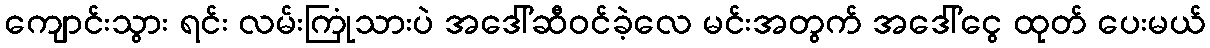
ကျောင်းသွား ရင်း လမ်းကြုံသားပဲ အဒေါ်ဆီဝင်ခဲ့လေ မင်းအတွက် အဒေါ်ငွေ ထုတ် ပေးမယ်